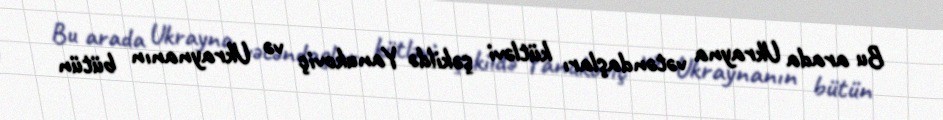
Bu arada Ukrayna vətəndaşları kütləvi şəkildə Yanukoviç və Ukraynanın bütün